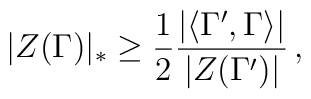
|Z(\Gamma)|_* \geq \frac{1}{2} \frac{|\langle \Gamma',\Gamma \rangle|}{|Z(\Gamma')|} \, ,